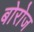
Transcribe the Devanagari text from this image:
बोरोज